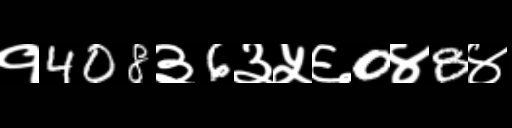
Text: १408३6३५६0४8४